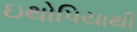
ઇથોપિયાથી